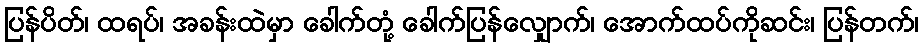
ပြန်ပိတ်၊ ထရပ်၊ အခန်းထဲမှာ ခေါက်တုံ့ ခေါက်ပြန်လျှောက်၊ အောက်ထပ်ကိုဆင်း၊ ပြန်တက်၊